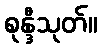
စုန္ဒီသုတ်။